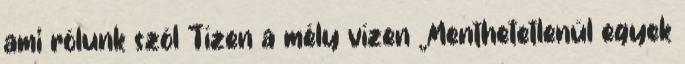
ami rólunk szól Tízen a mély vízen „Menthetetlenül egyek